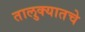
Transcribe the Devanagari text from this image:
तालुक्यातचे